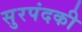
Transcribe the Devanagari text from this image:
सुरपंदकी